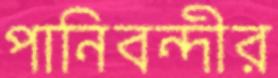
পানিবন্দীর